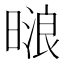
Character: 𰖟